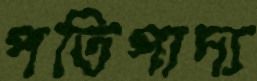
পতিপাদ্য